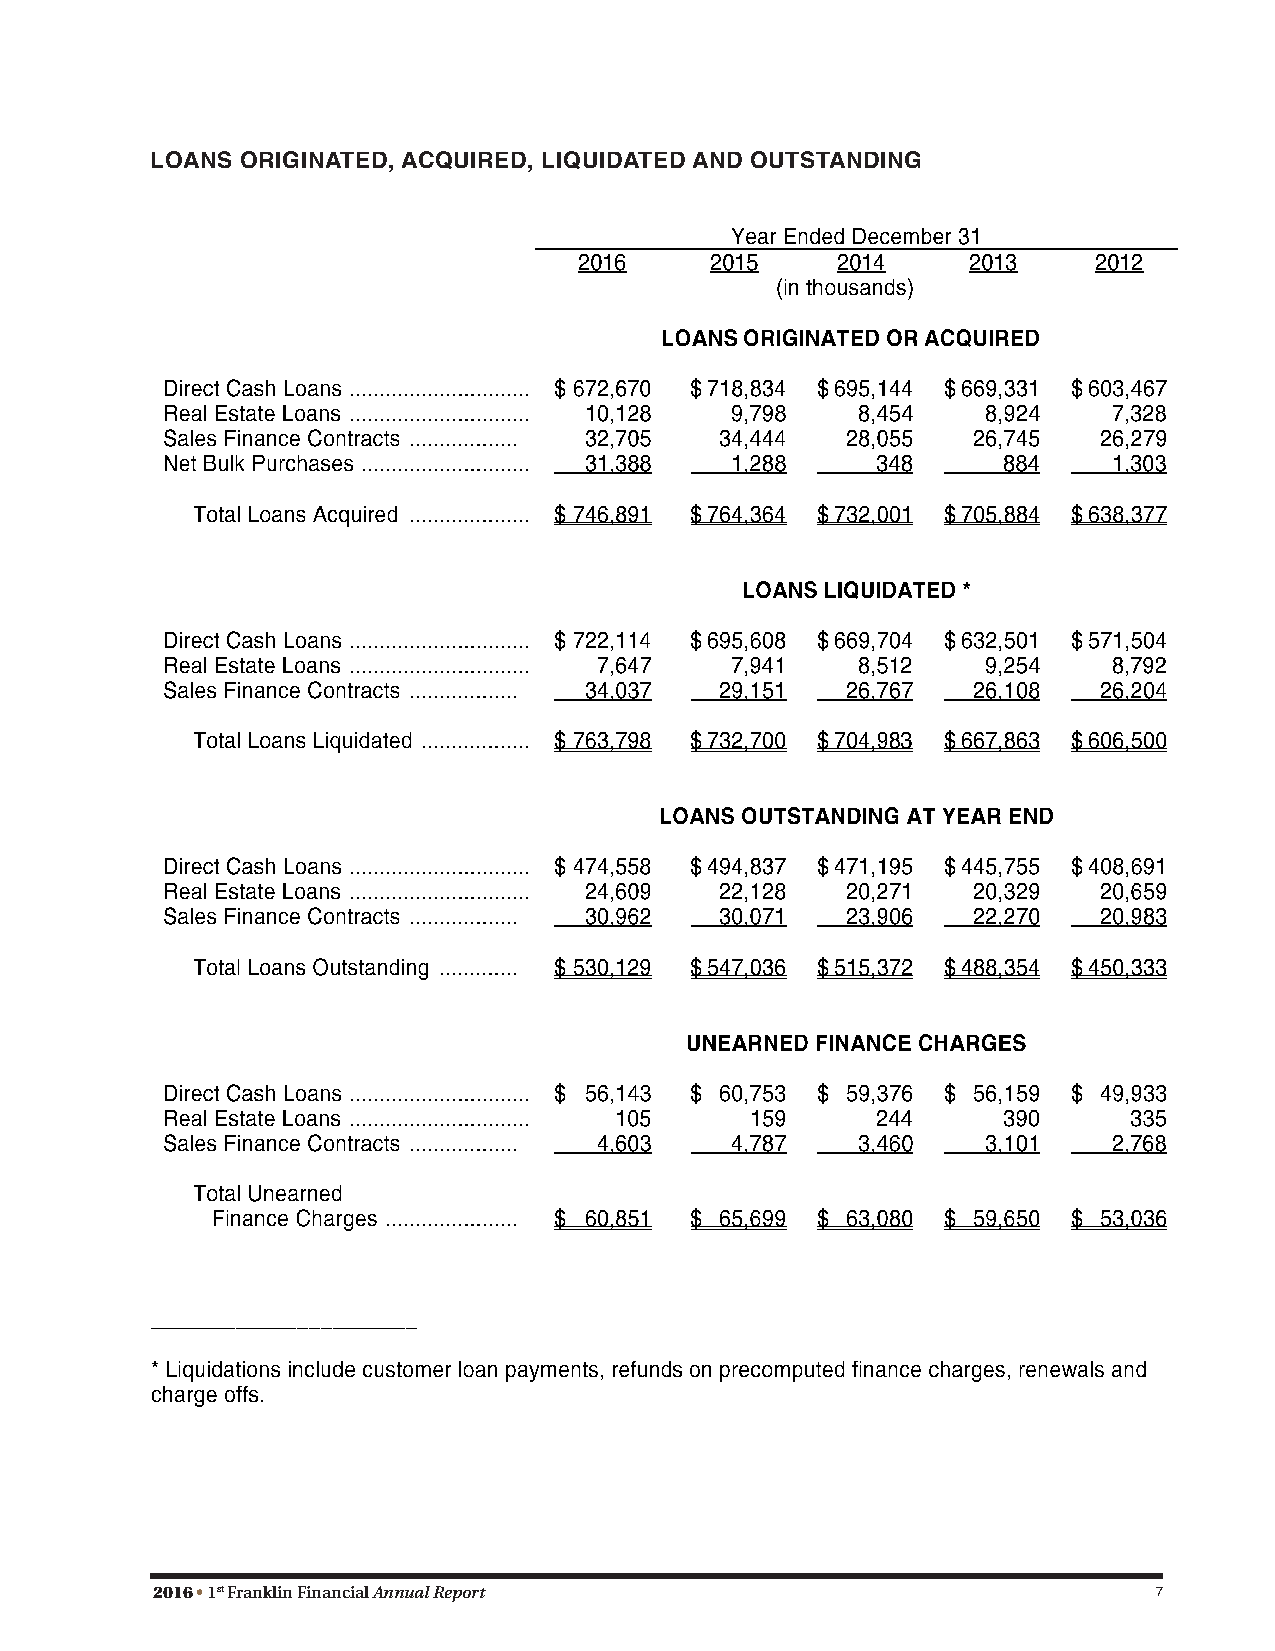
LOANS ORIGINATED, ACQUIRED, LIQUIDATED AND OUTSTANDING
 2016 • 1st Franklin Financial Annual Report                        7
 8